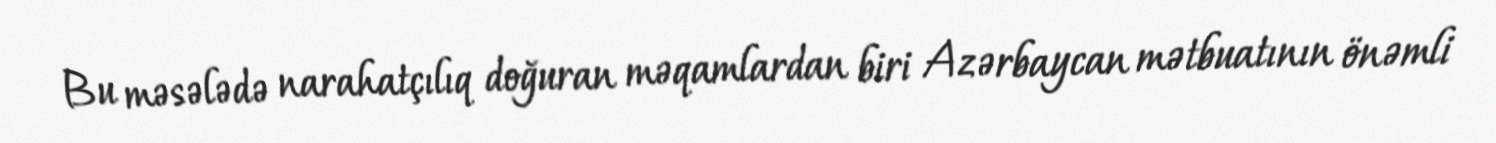
Bu məsələdə narahatçılıq doğuran məqamlardan biri Azərbaycan mətbuatının önəmli